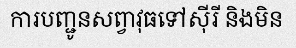
ការបញ្ជូនសព្វាវុធទៅស៊ីរី និងមិន